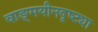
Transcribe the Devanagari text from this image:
वाङ्‌मयीनदृष्ट्या